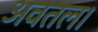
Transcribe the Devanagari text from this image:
अवतल।